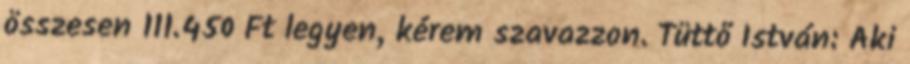
összesen 111.450 Ft legyen, kérem szavazzon. Tüttő István: Aki